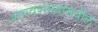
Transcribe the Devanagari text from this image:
शास्त्रशाखांमधील